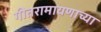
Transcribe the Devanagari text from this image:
गीतरामायणाच्या